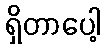
ရှိတာပေါ့